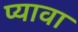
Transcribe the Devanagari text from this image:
प्यावा